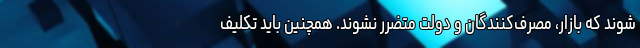
شوند که بازار، مصرف‌کنندگان و دولت متضرر نشوند. همچنین باید تکلیف